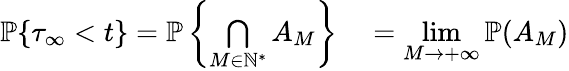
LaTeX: \begin{array}{rl}{\mathbb{P}\{ \tau_{\infty}<t\} =\mathbb{P}\left\{ \underset{M\in\mathbb{N}^{*}}{\bigcap}A_{M}\right\} }&{{}=\underset{M\rightarrow+\infty}{\operatorname*{lim}}\mathbb{P}(A_{M})}\end{array}